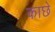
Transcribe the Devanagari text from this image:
काछे